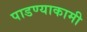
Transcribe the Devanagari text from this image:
पाडण्याकामी